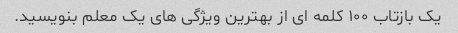
یک بازتاب ۱۰۰ کلمه ای از بهترین ویژگی های یک معلم بنویسید.